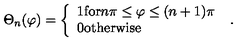
\Theta _ { n } ( \varphi ) = \left\{ \begin{array} { l } { 1 \mathrm { f o r } n \pi \leq \varphi \leq ( n + 1 ) \pi } \\ { 0 \mathrm { o t h e r w i s e } } \\ \end{array} \right. \ .